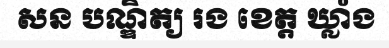
សន បណ្ឌិត្យ រង ខេត្ត ឃ្លាំង